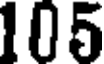
105